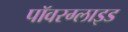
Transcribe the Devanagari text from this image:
पॉवरग्लाइड